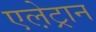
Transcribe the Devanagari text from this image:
एले़ट्रान